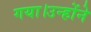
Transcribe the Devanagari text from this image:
गया।उन्होंने